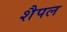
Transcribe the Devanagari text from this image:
शैपल